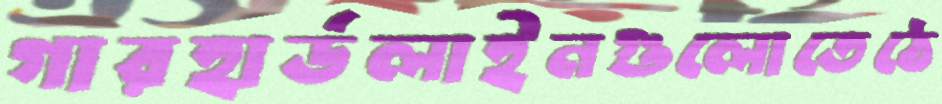
গারহার্ডলাইনগুলোতেঠে